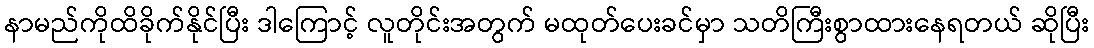
နာမည်ကိုထိခိုက်နိုင်ပြီး ဒါကြောင့် လူတိုင်းအတွက် မထုတ်ပေးခင်မှာ သတိကြီးစွာထားနေရတယ် ဆိုပြီး